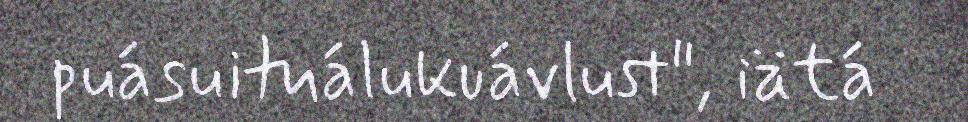
puásuituálukuávlust", iätá